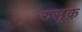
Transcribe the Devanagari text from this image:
रुसूक़